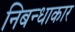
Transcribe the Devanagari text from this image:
निबन्धाकार